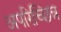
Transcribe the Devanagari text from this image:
अपरिच्छिन्न